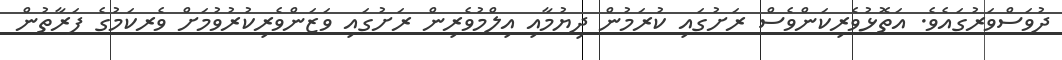
ދުވަސްވަރުގައެވެ. އަތޮޅުވެރިކަންވެސް ރަށުގައި ކުރަމުން ދިޔުމާއި އިލްމުވެރިން ރަށުގައި ވަޒަންވެރިކުރުވުމަށް ވެރކަމުގެ ފަރާތުން